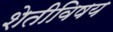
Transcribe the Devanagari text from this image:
शेतीविषय